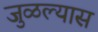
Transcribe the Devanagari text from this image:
जुळल्यास